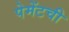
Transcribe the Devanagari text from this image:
पेमेंटची